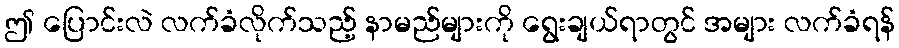
ဤ ပြောင်းလဲ လက်ခံလိုက်သည့် နာမည်များကို ရွေးချယ်ရာတွင် အများ လက်ခံရန်